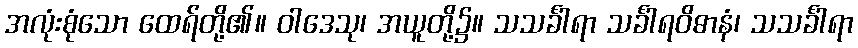
အလုံးစုံသော ထေရ်တို့၏။ ဝါဒေသု၊ အယူတို့၌။ သသင်္ခါရာ သင်္ခါရဝိဓာနံ၊ သသင်္ခါရာ